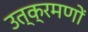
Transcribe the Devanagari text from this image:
उत्क्रमणों